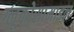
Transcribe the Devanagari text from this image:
ग्लूकोसामाइन